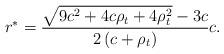
LaTeX: \begin{align*}{r}^*=\frac{{\sqrt {9{c^2} + 4c{\rho _t} + 4\rho _t^2} - 3c}}{{2\left( {c + {\rho _t}} \right)}}c.\end{align*}